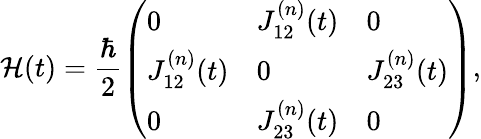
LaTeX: \mathcal{H}(t)=\frac{\hbar}{2}\left(\begin{array}{lll}{0}&{J_{12}^{(n)}(t)}&{0}\\ {J_{12}^{(n)}(t)}&{0}&{J_{23}^{(n)}(t)}\\ {0}&{J_{23}^{(n)}(t)}&{0}\end{array}\right),